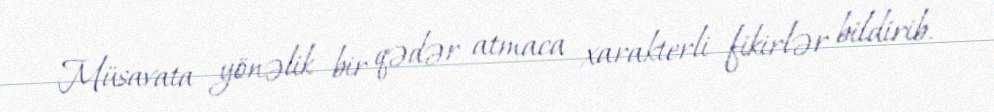
Müsavata yönəlik bir qədər atmaca xarakterli fikirlər bildirib.